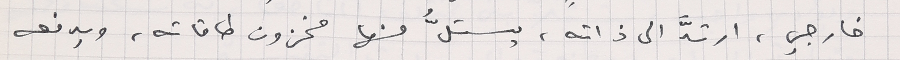
خارجي، ارتدَّ الى ذاته، يستلُّ منها مخزون طاقاته، ويدفعه